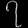
Digit: ၇